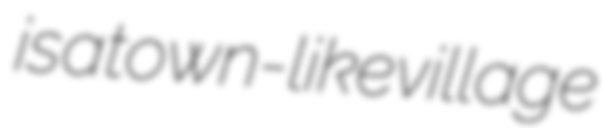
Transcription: is a town-like village